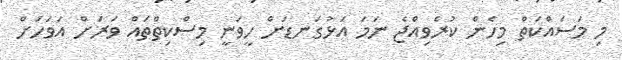
މި މަސައްކަތް މިހެން ކުރެވިއްޖެ ނަމަ އަޅުގަނޑަށް ހީވަނީ މިސްކިތްތައް ވަރަށް އަވަހަށް